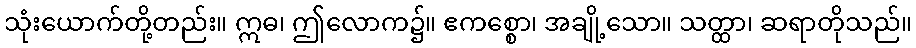
သုံးယောက်တို့တည်း။ ဣဓ၊ ဤလောက၌။ ဧကစ္စော၊ အချို့သော။ သတ္ထာ၊ ဆရာတိုသည်။